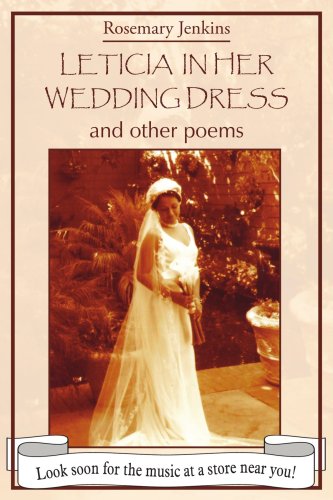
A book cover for LETICIA IN HER WEDDING DRESS: and other poems; Rosemary Jenkins; Crafts, Hobbies & Home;